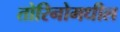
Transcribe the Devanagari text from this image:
तोरिनोमधील